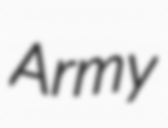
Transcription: Army